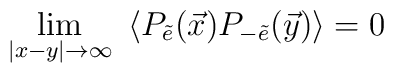
\lim_{\vert x-y\vert\rightarrow\infty}~\langle P_{\tilde e}(\vec x) P_{-\tilde e}(\vec y) \rangle=0